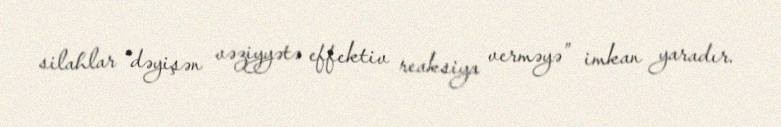
silahlar “dəyişən vəziyyətə effektiv reaksiya verməyə” imkan yaradır.